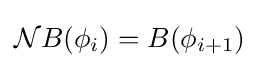
{\mathcal {N}}B(\phi _{i})=B(\phi _{i+1})